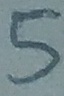
Text: 5